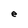
Character: e